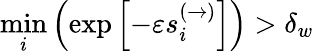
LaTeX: \underset{i}{\operatorname*{min}}\left(\exp\left[-\varepsilon s_{i}^{(\to)}\right]\right)>\delta_{w}